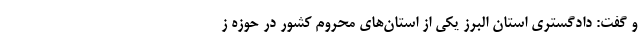
و گفت: دادگستری استان البرز یکی از استان‌های محروم کشور در حوزه ز